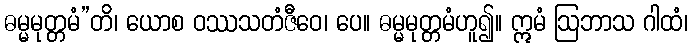
ဓမ္မမုတ္တမံ”တိ၊ ယောစ ဝဿသတံဇီဝေ၊ ပေ။ ဓမ္မမုတ္တမံဟူ၍။ ဣမံ ဩဘာသ ဂါထံ၊